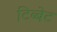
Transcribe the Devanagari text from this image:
टिब्बेट